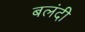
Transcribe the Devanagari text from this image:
बलंदी